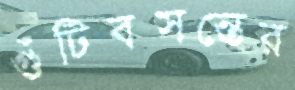
গুঁটিবসন্তের